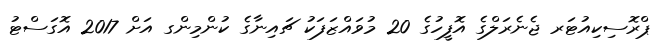
ޕްރޮސިކިއުޓަރ ޖެނެރަލްގެ އޮފީހުގެ 20 މުވައްޒަފަކު ޗައިނާގެ ކުންމިންގ އަށް 2017 އޮގަސްޓު